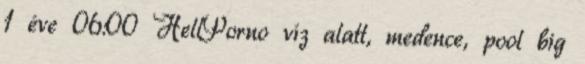
1 éve 06:00 HellPorno víz alatt, medence, pool big